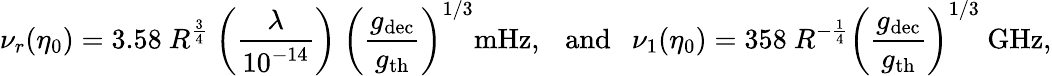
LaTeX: \nu_{r}(\eta_{0})=3.58~R^{\frac{3}{4}}~\biggl(\frac{\lambda}{10^{-14}}\biggr)~\biggl(\frac{g_{\mathrm{dec}}}{g_{\mathrm{th}}}\biggr)^{1/3}\mathrm{mHz},~~~\mathrm{and}~~~\nu_{1}(\eta_{0})=358~R^{-\frac{1}{4}}\biggl(\frac{g_{\mathrm{dec}}}{g_{\mathrm{th}}}\biggr)^{1/3}~\mathrm{GHz},